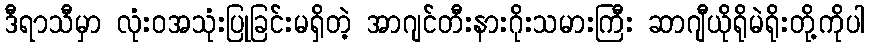
ဒီရာသီမှာ လုံးဝအသုံးပြုခြင်းမရှိတဲ့ အာဂျင်တီးနားဂိုးသမားကြီး ဆာဂျီယိုရိုမဲရိုးတို့ကိုပါ